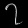
Digit: ၇